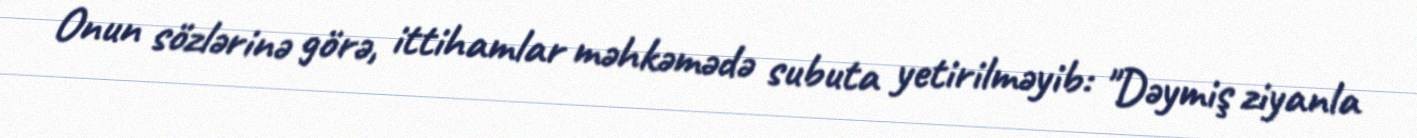
Onun sözlərinə görə, ittihamlar məhkəmədə subuta yetirilməyib: "Dəymiş ziyanla